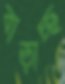
বাড়াচ্ছ